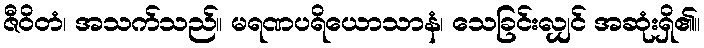
ဇီဝိတံ၊ အသက်သည်။ မရဏပရိယောသာနံ၊ သေခြင်းလျှင် အဆုံးရှိ၏။